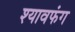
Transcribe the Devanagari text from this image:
श्यावफंग